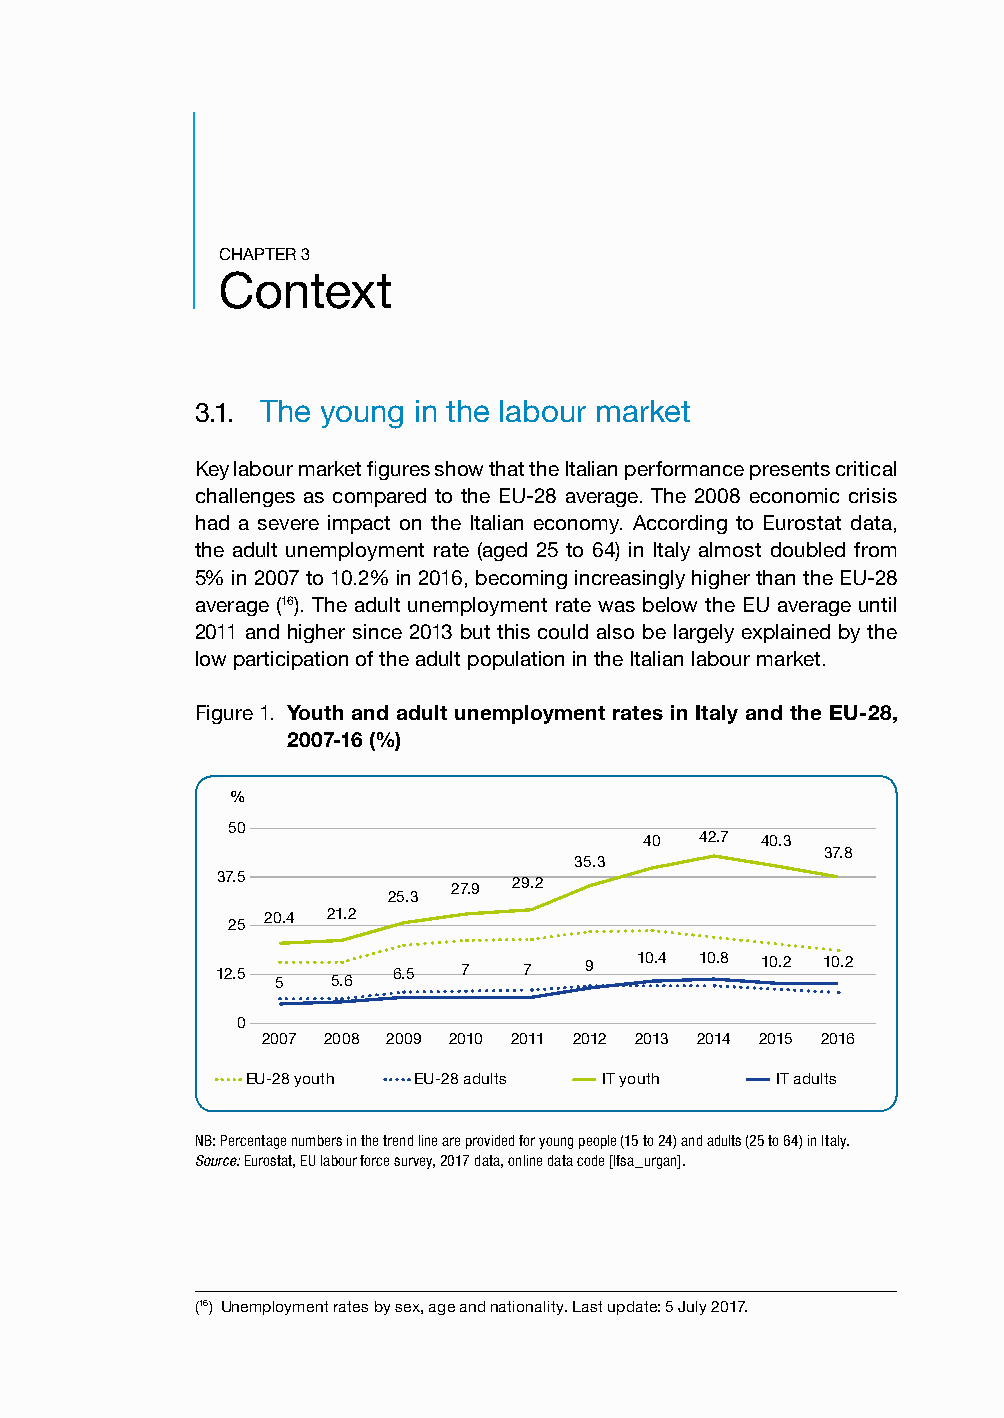
CHAPTER 3
 Context
 3.1. The young in the labour market
 Key labour market figures show that the Italian performance presents critical
 challenges as compared to the EU-28 average. The 2008 economic crisis
 had a severe impact on the Italian economy. According to Eurostat data,
 the adult unemployment rate (aged 25 to 64) in Italy almost doubled from
 5% in 2007 to 10.2% in 2016, becoming increasingly higher than the EU-28
 average (16). The adult unemployment rate was below the EU average until
 2011 and higher since 2013 but this could also be largely explained by the
 low participation of the adult population in the Italian labour market.
 Figure 1. Youth and adult unemployment rates in Italy and the EU-28,
 2007-16 (%)
 %
 50
 40 42.7 40.3
 37.8
 35.3
 37.5                29.2
 27.9
 25.3
 20.4 21.2
 25
 12.5 5  5.6 6.5  7   7   9  10.4 10.8 10.2 10.2
 0
 2007 2008 2009 2010 2011 2012 2013 2014 2015 2016
 EU-28 youth EU-28 adults IT youth  IT adults
 NB: Percentage numbers in the trend line are provided for young people (15 to 24) and adults (25 to 64) in Italy.
 Source: Eurostat, EU labour force survey, 2017 data, online data code [lfsa_urgan].
 (16) Unemployment rates by sex, age and nationality. Last update: 5 July 2017.